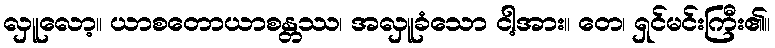
လှူလော့။ ယာစတောယာစန္တဿ၊ အလှူခံသော ငါ့အား။ တေ၊ ရှင်မင်းကြီး၏။